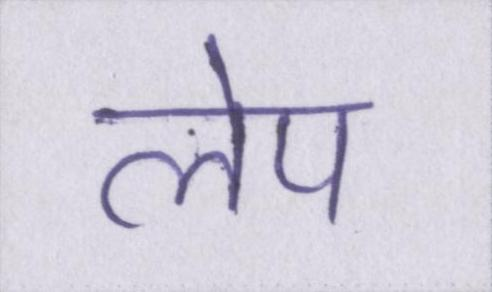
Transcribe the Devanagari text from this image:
लेप